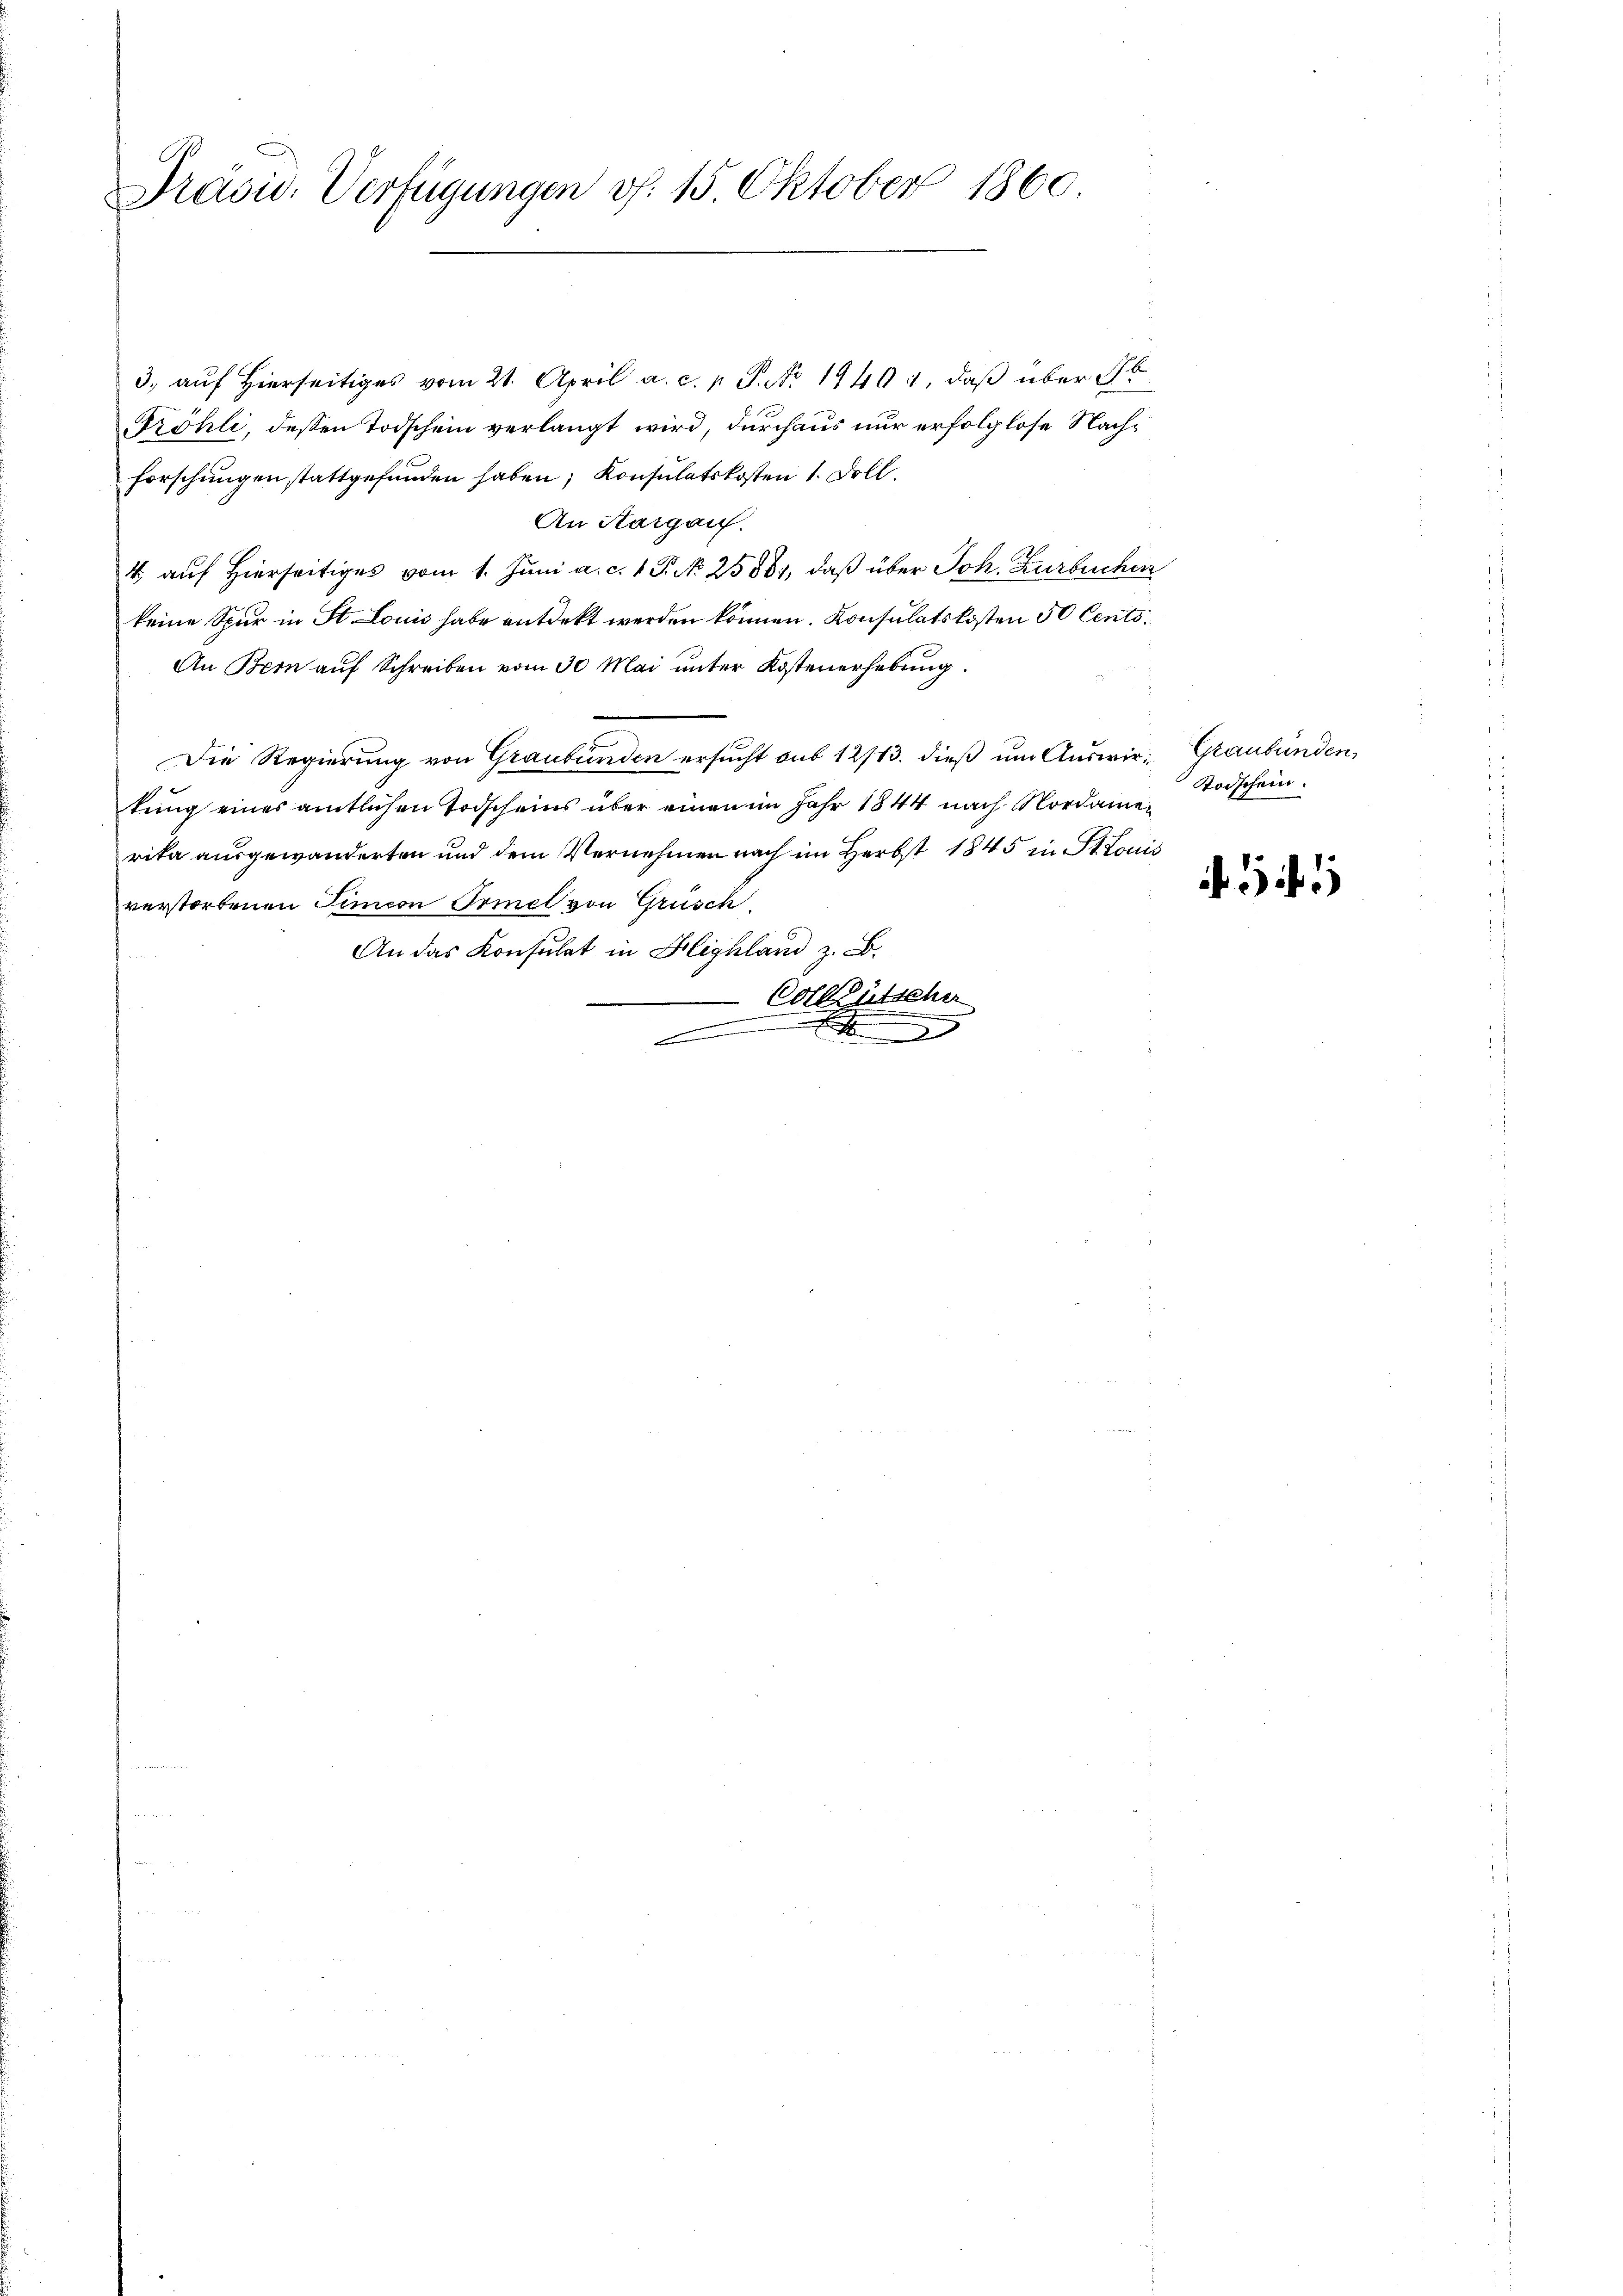
S
E
Präsid. Verfügungen v. 15. Oktober 1860.

3, auf Hierseitiges vom 21. April a. c. p. P. No 19401, daß über 16
röhli, dessen Todschein verlangt wird, durchaus nur erfolglose Nachforschungen stattgefunden haben; Konsulatskosten 1. Doll.
An Aargauf.
4 auf hierseitiges vom 1. Juni a. c. 1 P. N. 25881, daß über Joh. Zurbuchen
keine Spur in St. Louis habe entdekt werden können. Konsulatskosten 50 Cents¬
An Bern auf Schreiben vom 30 Mai unter Kostenerhebung
Die Regierung von Graubünden ersucht aus 12/13. dieß um Auswir- Graubünden,
kung eines amtlichen Todscheins über einen im Jahr 1844 nach Nordamerika ausgewanderten und dem Vernehmen nach im Herbst 1845 in St. Louis
verstorbenen Simeon Irmel von Grüsch
An das Konsulat in Highland z. B.
Cotleütscher
.
r
.

Todschein.